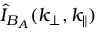
\hat { I } _ { B _ { A } } ( k _ { \perp } , k _ { \parallel } )